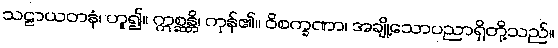
သဠာယတနံ၊ ဟူ၍။ ဣစ္ဆန္တိ၊ ကုန်၏။ ဝိစက္ခဏာ၊ အချို့သောပညာရှိတို့သည်။